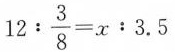
$$1 2 : \frac { 3 } { 8 } = x : 3 . 5$$